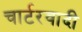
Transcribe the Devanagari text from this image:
चार्टरवादी